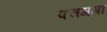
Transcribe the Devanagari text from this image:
पचगगा